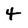
Character: 4